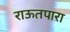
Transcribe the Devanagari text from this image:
राऊतपारा